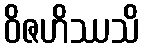
ဝိဇဟိဿသိ